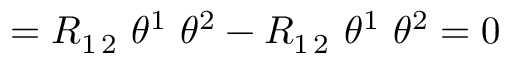
= R _ { 1 \, 2 } \ \theta ^ { 1 } \ \theta ^ { 2 } - R _ { 1 \, 2 } \ \theta ^ { 1 } \ \theta ^ { 2 } = 0 \quad